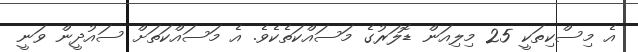
އެ މިސްކިތަކީ 25 މިލިއަން ޑޮލަރުގެ މަސައްކަތެކެވެ. އެ މަސައްކަތަށް ސައުދީން ވަނީ